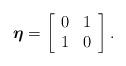
LaTeX: \begin{align*}\boldsymbol{\eta}=\left[ \begin{array}{cc} 0 & 1 \\ 1 & 0 \\ \end{array} \right].\end{align*}